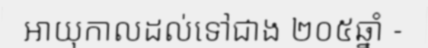
អាយុកាលដល់ទៅជាង ២០៥ឆ្នាំ -